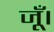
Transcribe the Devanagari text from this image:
जूँ।